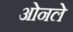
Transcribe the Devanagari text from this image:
ओनले